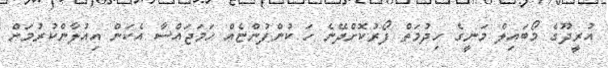
އުރީދޫގެ މޯބައިލް މަނީގެ ހިދުމަތް ފޯރުކޮށްދޭނެ ހަ ކުންފުންޏެއް ހަމަޖައްސާ އެކަން އިއުލާންކުރުމަށް